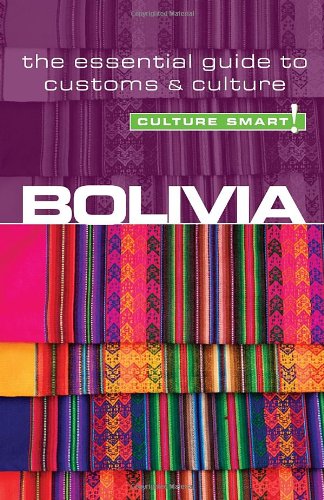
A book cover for Bolivia - Culture Smart!: the essential guide to customs & culture; Keith Richards; Travel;